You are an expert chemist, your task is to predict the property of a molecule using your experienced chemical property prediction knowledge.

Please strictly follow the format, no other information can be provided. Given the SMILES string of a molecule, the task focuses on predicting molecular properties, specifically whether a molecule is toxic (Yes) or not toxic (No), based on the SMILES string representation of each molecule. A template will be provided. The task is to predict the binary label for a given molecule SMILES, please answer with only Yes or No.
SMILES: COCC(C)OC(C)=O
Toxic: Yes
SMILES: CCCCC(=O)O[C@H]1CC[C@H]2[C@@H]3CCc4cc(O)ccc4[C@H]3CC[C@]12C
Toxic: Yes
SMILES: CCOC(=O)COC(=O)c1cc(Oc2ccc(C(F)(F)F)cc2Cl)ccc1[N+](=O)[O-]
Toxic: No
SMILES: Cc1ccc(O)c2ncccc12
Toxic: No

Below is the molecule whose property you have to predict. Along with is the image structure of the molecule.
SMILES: O=C(Cl)CCl
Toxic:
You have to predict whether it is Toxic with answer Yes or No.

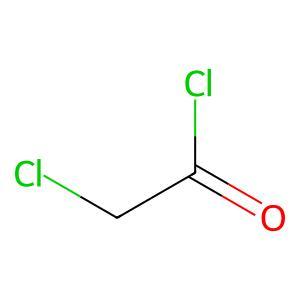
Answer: No